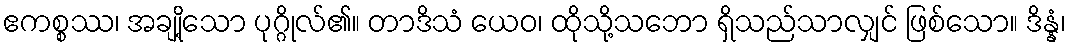
ဧကစ္စဿ၊ အချို့သော ပုဂ္ဂိုလ်၏။ တာဒိသံ ယေဝ၊ ထိုသို့သဘော ရှိသည်သာလျှင် ဖြစ်သော။ ဒိန္နံ၊